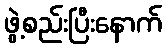
ဖွဲ့စည်းပြီးနောက်